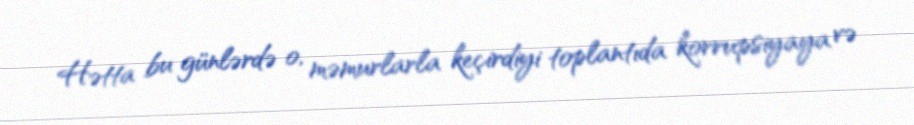
Hətta bu günlərdə o, məmurlarla keçirdiyi toplantıda korrupsiyaya və